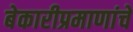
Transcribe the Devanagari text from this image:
बेकारीप्रमाणांचे